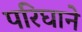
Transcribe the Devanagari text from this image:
परिघाने